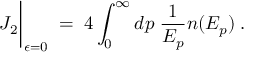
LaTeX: J _ { 2 } \bigg | _ { \epsilon = 0 } \; = \; 4 \int _ { 0 } ^ { \infty } d p \; { \frac { 1 } { E _ { p } } } n ( E _ { p } ) \; .